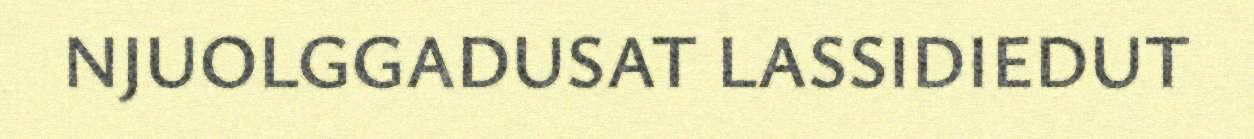
NJUOLGGADUSAT LASSIDIEDUT